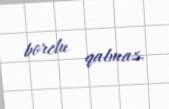
borclu qalmaz.